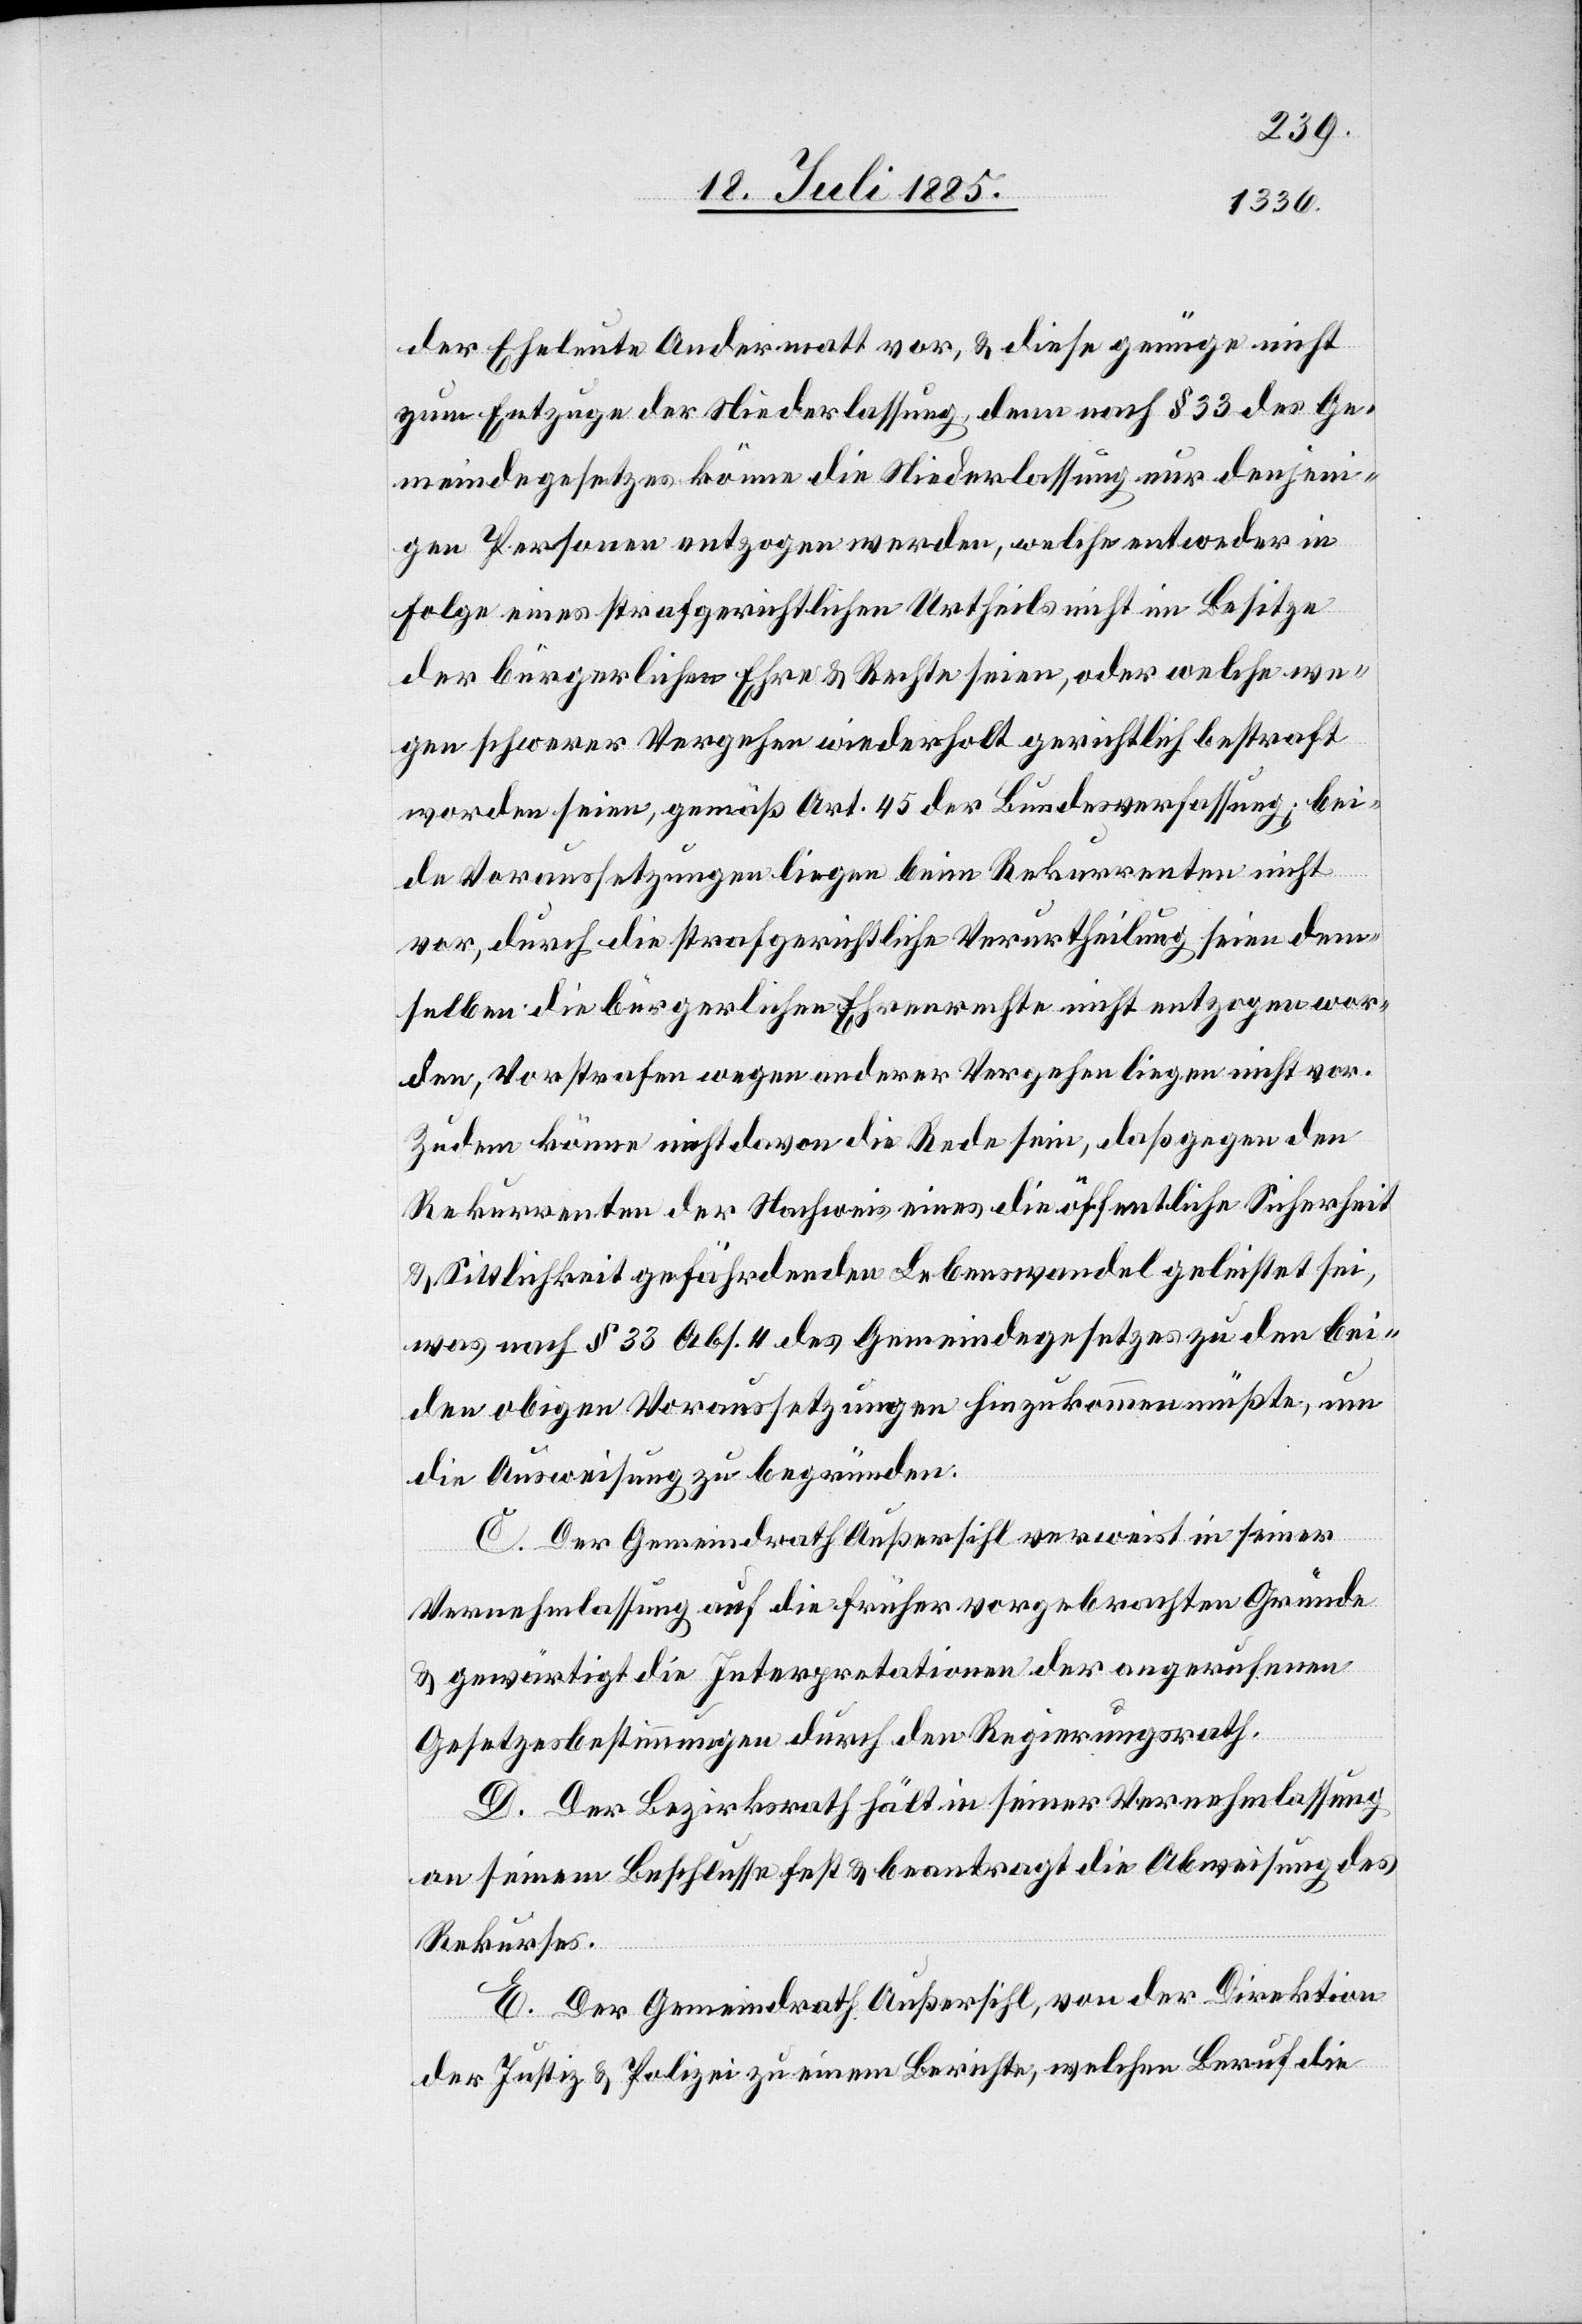
der Eheleute Andermatt vor, & diese genüge nicht
zum Entzuge der Niederlassung denn nach § 33 des Ge¬
meindegesetzes könne die Niederlassung nur denjeni¬
gen Personen entzogen werden, welche entweder in
Folge eines strafgerichtlichen Urtheils nicht im Besitze
der bürgerlichen Ehre & Rechte seien, oder welche we¬
gen schwerer Vergehen wiederholt gerichtlich bestraft
worden seien, gemäß Art. 45 der Bundesverfassung; bei¬
de Voraussetzungen liegen beim Rekurrenten nicht
vor, durch die strafgerichtliche Verurtheilung seien dem¬
selben die bürgerlichen Ehrenrechte nicht entzogen wor¬
den, Vorstrafen wegen anderer Vergehen liegen nicht vor.
Zudem könne nicht davon die Rede sein, daß gegen den
Rekurrenten der Nachweis eines die öffentliche Sicherheit
& Sittlichkeit gefährdenden Lebenswandel geleistet sei,
was nach § 33 Abs. 4 des Gemeindegesetzes zu den bei¬
den obigen Voraussetzungen hinzukommen müßte, um
die Ausweisung zu begründen.
C. Der Gemeindrath Außersihl verweist in seiner
Vernehmlassung auf die früher vorgebrachten Gründe
& gewärtigt die Interpretationen der angerufenen
Gesetzesbestimmungen durch den Regierungsrath.
D. Der Bezirksrath hält in seiner Vernehmlassung
an seinem Beschlusse fest & beantragt die Abweisung des
Rekurses.
E. Der Gemeindrath Außersihl, von der Direktion
der Justiz & Polizei zu einem Berichte, welchen Beruf die